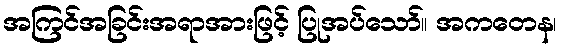
အကြင်အခြင်းအရာအားဖြင့် ပြုအပ်သော်။ အကတေန၊